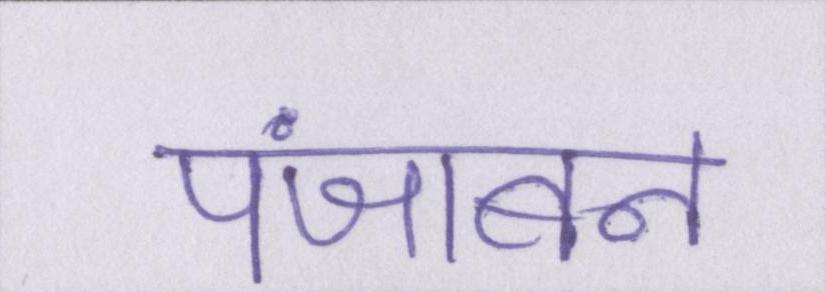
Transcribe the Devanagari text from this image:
पंजाबन